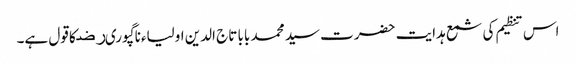
اس تنظیم کی شمع ہدایت حضرت سید محمد بابا تاج الدین اولیاءناگپوریﺭﺿ کا قول ہے۔